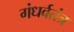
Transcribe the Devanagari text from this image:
गंधर्वतंत्र